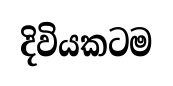
දිවියකටම